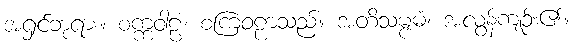
အရှင်ဘုရား။ စက္ကဝါဠံ၊ စကြဝဠာသည်။ အတိသမ္ဗဓံ၊ အလွန်ကျဉ်း၏။